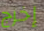
إخرج